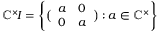
\mathbb { C } ^ { \times } \! I = \left\{ { \bigl ( } { \begin{array} { l l } { a } & { 0 } \\ { 0 } & { a } \end{array} } { \bigr ) } : a \in \mathbb { C } ^ { \times } \right\}